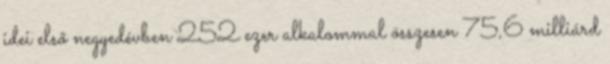
idei első negyedévben 252 ezer alkalommal összesen 75,6 milliárd